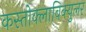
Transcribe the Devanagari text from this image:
कस्तोक्लाविक्युलर